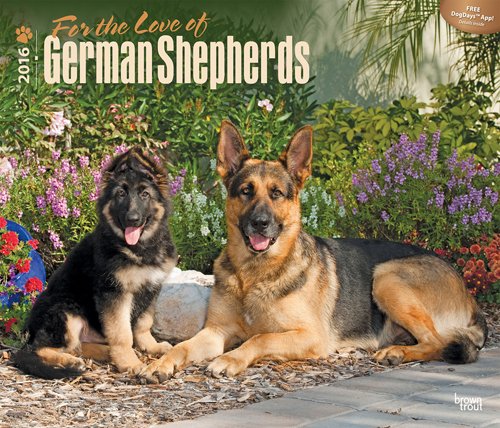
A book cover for German Shepherds, For the Love of 2016 Deluxe; Browntrout Publishers; Calendars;